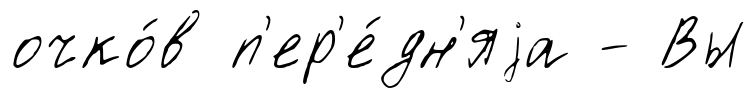
очко́в п'ер'е́дн'яjа - Вы